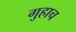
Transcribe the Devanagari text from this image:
गुहाच